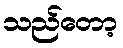
သည်တော့